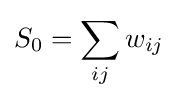
S_{0}=\sum _{ij}w_{ij}